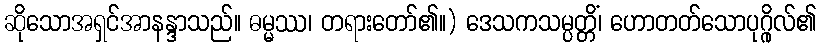
ဆိုသောအရှင်အာနန္ဒာသည်။ ဓမ္မဿ၊ တရားတော်၏။) ဒေသကသမ္ပတ္တိံ၊ ဟောတတ်သောပုဂ္ဂိုလ်၏